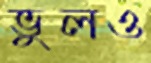
ভুলও